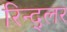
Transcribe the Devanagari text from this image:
रिन्द्लर